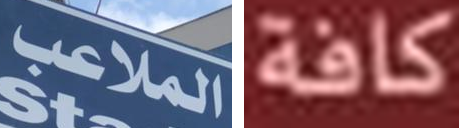
الملاعب كافة